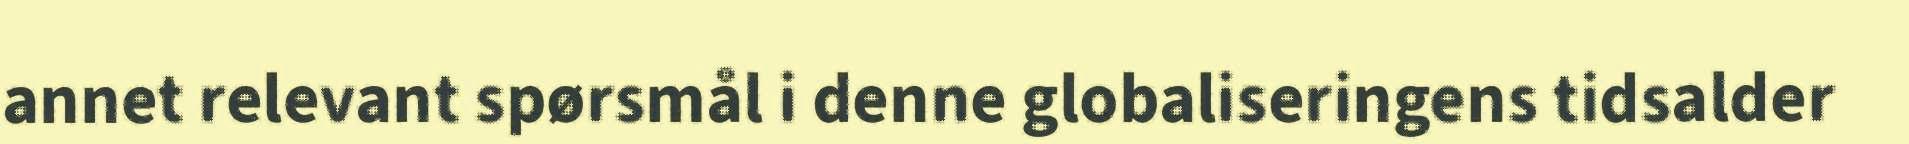
annet relevant spørsmål i denne globaliseringens tidsalder